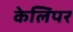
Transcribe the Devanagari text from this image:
केलिपर